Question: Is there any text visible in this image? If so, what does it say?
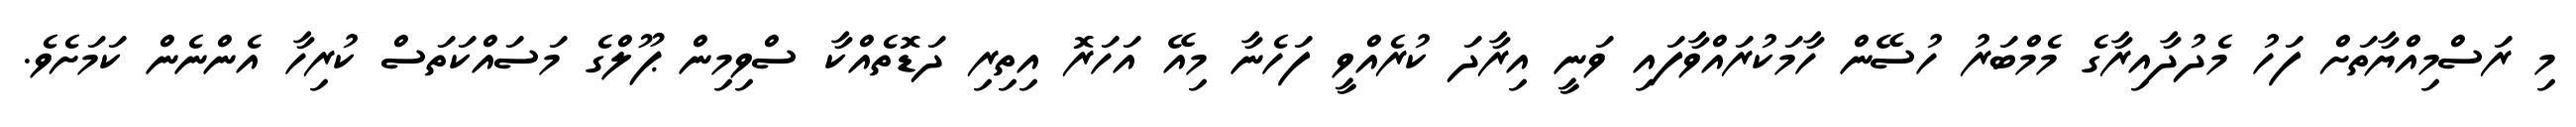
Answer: މި ރަސްމިއްޔާތަށް ފަހު މެދުދާއިރާގެ މެމްބަރު ހުސޭން ހާމަކުރައްވާފައި ވަނީ އިރާދަ ކުރެއްވީ ފަހެނާ މިއޭ އަހަރޮ އިތިރި ދަޑޮތެއްކާ ސްވިމިން ޕޫލްގެ މަސައްކަތަސް ކުރިހާ އެންނެން ކަމަށެވެ.